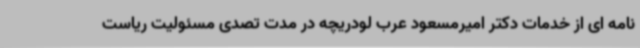
نامه ای از خدمات دکتر امیرمسعود عرب لودریچه در مدت تصدی مسئولیت ریاست